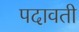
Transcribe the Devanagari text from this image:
पदावती